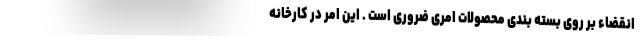
انقضاء بر روی بسته بندی محصولات امری ضروری است . این امر در کارخانه